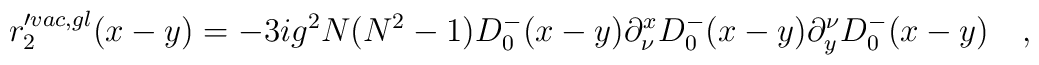
r'^{vac,gl}_2(x-y)=-3ig^2N(N^2-1)D_0^-(x-y) \partial_\nu^x D_0^-(x-y)\partial_y^\nu D_0^-(x-y) \quad ,